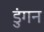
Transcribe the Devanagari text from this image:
डुंगन